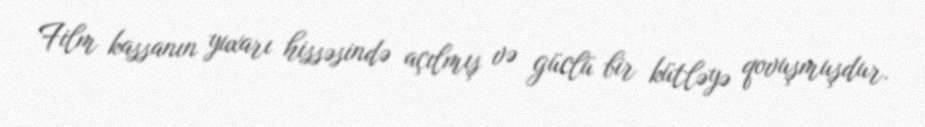
Film kassanın yuxarı hissəsində açılmış və güclü bir kütləyə qovuşmuşdur.